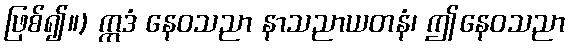
ဖြစ်၍။) ဣဒံ နေဝသညာ နာသညာယတနံ၊ ဤနေဝသညာ